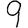
Digit: 9